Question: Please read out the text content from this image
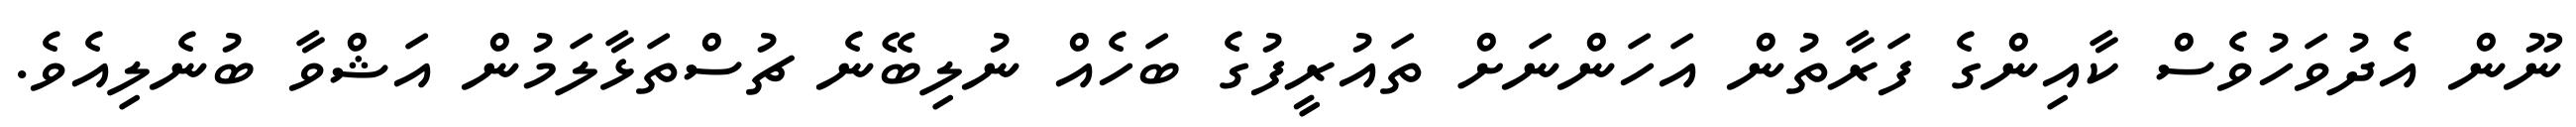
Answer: ނޫން އެދުވަހުވެސް ކާއިންގެ ފަރާތުން އަހަންނަށް ތައުރީފުގެ ބަހެއް ނުލިބޭނެ ޗުސްތަޅާލަމުން އަޝްވާ ބުނެލިއެވެ.